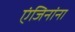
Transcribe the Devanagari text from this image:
एंजिनांना